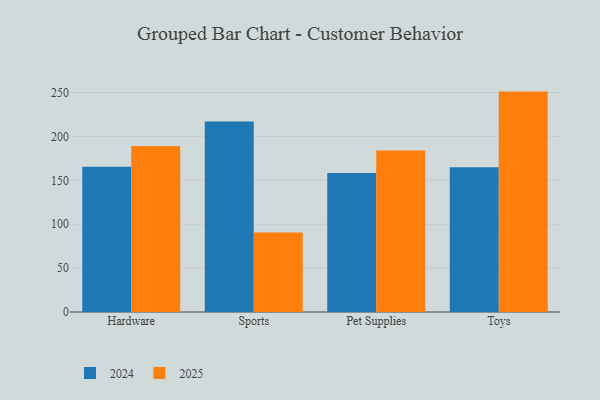
{"axis": {"x": "Category", "y": "Website Visitors"}, "legend": ["2024", "2025"], "data": [{"x": "Hardware", "y": 189.0, "type": "2025"}, {"x": "Hardware", "y": 165.4, "type": "2024"}, {"x": "Sports", "y": 90.7, "type": "2025"}, {"x": "Sports", "y": 217.1, "type": "2024"}, {"x": "Pet Supplies", "y": 184.1, "type": "2025"}, {"x": "Pet Supplies", "y": 158.3, "type": "2024"}, {"x": "Toys", "y": 251.1, "type": "2025"}, {"x": "Toys", "y": 164.8, "type": "2024"}]}